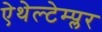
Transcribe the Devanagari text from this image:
ऐथेल्टेम्प्लर